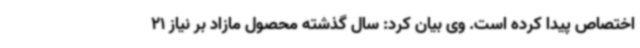
اختصاص پیدا کرده است. وی بیان کرد: سال گذشته محصول مازاد بر نیاز 21